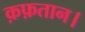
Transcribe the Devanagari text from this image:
क़फ़तान।